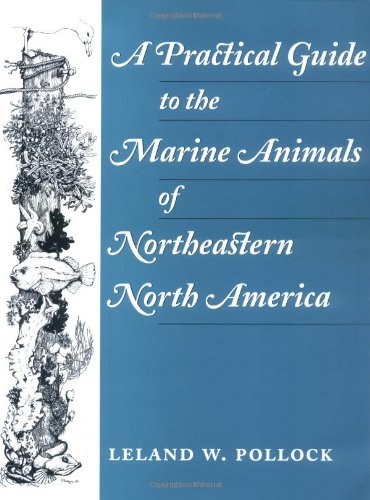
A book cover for A Practical Guide to the Marine Animals of Northeastern North America; Leland Pollock; Science & Math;